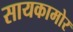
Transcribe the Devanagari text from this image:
सायकामोर